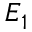
E _ { 1 }